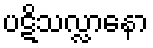
ပဋိသလ္လာနော